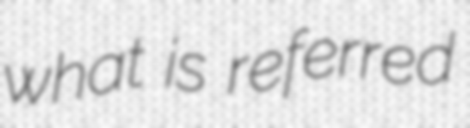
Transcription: what is referred